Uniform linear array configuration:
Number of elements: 48
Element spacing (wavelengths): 1
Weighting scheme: kaiser
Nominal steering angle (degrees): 15
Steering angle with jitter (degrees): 16.218
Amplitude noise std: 0.05
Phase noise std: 0.05

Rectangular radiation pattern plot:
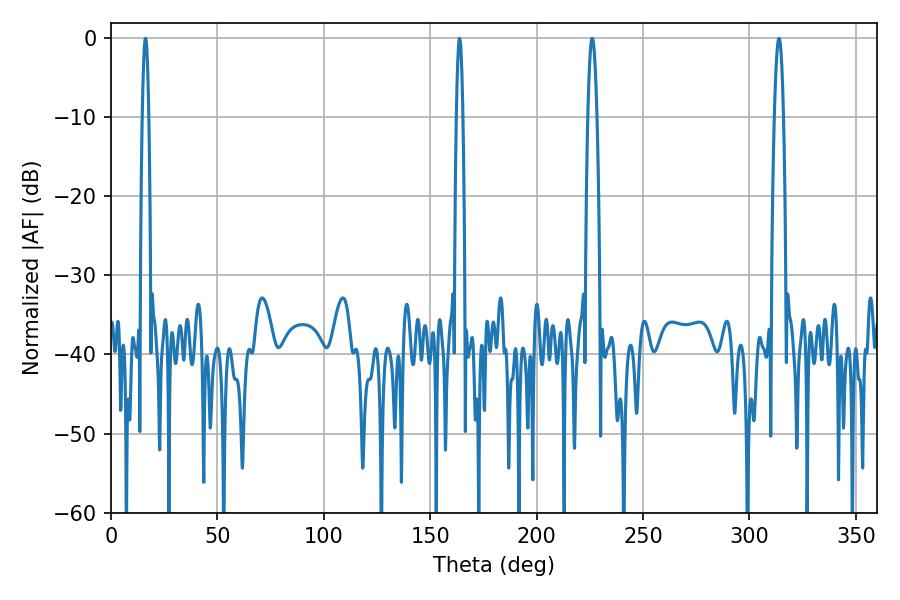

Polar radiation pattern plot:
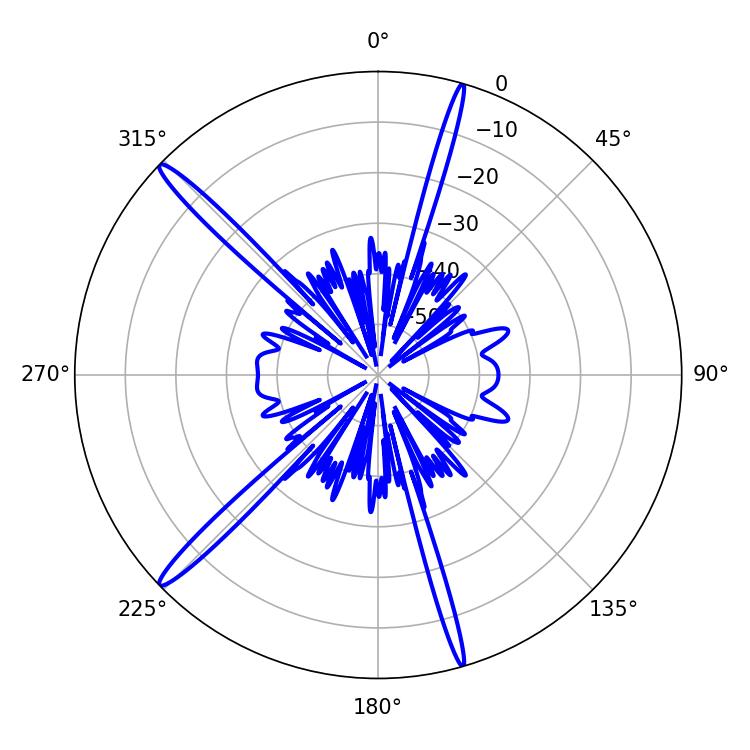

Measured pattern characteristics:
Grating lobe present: TRUE
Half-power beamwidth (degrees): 1.44
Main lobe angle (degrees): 163.8